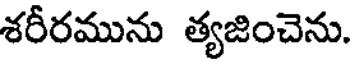
శరీరమును త్యజించెను.